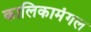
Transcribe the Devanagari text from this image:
कालिकामंगल